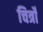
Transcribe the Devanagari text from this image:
चित्रोँ